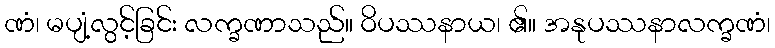
ဏံ၊ မပျံ့လွင့်ခြင်း လက္ခဏာသည်။ ဝိပဿနာယ၊ ၏။ အနုပဿနာလက္ခဏံ၊